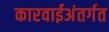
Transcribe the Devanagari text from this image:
कारवाईअंतर्गत